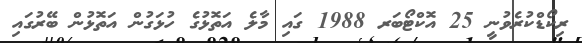
ރިކޯޑްކުރެވުނީ 25 އޮކްޓޯބަރ 1988 ގައި މާލެ އަތޮޅުގެ ހުޅަގުން އަތޮޅުން ބޭރުގައި